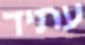
עתיד